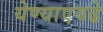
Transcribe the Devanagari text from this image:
येण्याएवढे